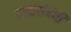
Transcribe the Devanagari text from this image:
प्रातांसंबंधी